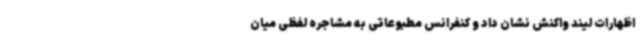
اظهارات لیند واکنش نشان داد و کنفرانس مطبوعاتی به مشاجره لفظی میان